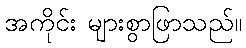
အကိုင်း များစွာဖြာသည်။